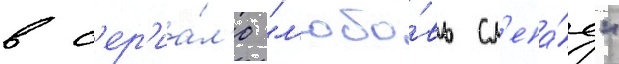
в с'ер'иа́л'е "л'юбо́вь сл'епа́я"